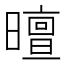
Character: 𣋊